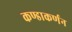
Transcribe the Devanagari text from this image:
कण्डाकर्णन